Vaccination in Bombay 1913-1923 - 1913-1923
Year: 1913
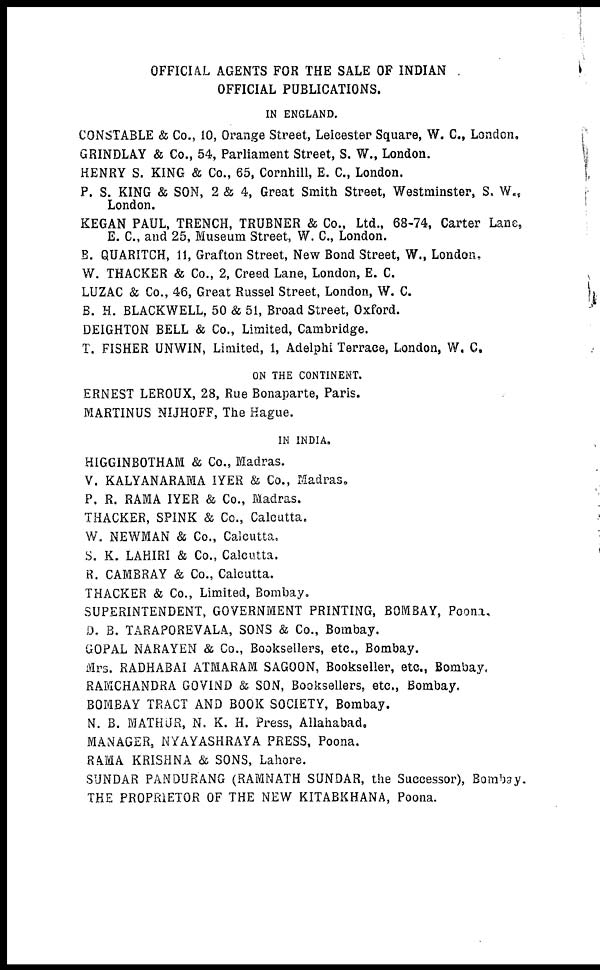
OFFICIAL AGENTS FOR THE SALE OF INDIAN
OFFICIAL PUBLICATIONS.
IN ENGLAND.
CONSTABLE & Co., 10, Orange Street, Leicester Square, W. C., London.
GRINDLAY & Co., 54, Parliament Street, S. W., London.
HENRY S. KING & Co., 65, Cornhill, E. C., London.
P. S. KING & SON, 2 & 4, Great Smith Street, Westminster, S. W.,
London.
KEGAN PAUL, TRENCH, TRUBNER & Co., Ltd., 68-74, Carter Lane,
E. C., and 25, Museum Street, W. C., London.
B. QUARITCH, 11, Grafton Street, New Bond Street, W., London,
W. THACKER & Co., 2, Creed Lane, London, E. C.
LUZAC & Co., 46, Great Russel Street, London, W. C.
B. H. BLACKWELL, 50 & 51, Broad Street, Oxford.
DEIGHTON BELL & Co., Limited, Cambridge.
T. FISHER UNWIN, Limited, 1, Adelphi Terrace, London, W. C.
ON THE CONTINENT.
ERNEST LEROUX, 28, Rue Bonaparte, Paris.
MARTINUS NIJHOFF, The Hague.
IN INDIA.
HIGGINBOTHAM & Co., Madras.
V. KALYANARAMA IYER & Co., Madras.
P. R. RAMA IYER & Co., Madras.
THACKER, SPINK & Co., Calcutta.
W. NEWMAN & Co., Calcutta.
S. K. LAHIRI & Co., Calcutta.
R. CAMBRAY & Co., Calcutta.
THACKER & Co., Limited, Bombay.
SUPERINTENDENT, GOVERNMENT PRINTING, BOMBAY, Poona.
D. B. TARAPOREVALA, SONS & Co., Bombay.
GOPAL NARAYEN & Co., Booksellers, etc., Bombay.
Mrs. RADHABAI ATMARAM SAGOON, Bookseller, etc., Bombay.
RAMCHANDRA GOVIND & SON, Booksellers, etc., Bombay.
BOMBAY TRACT AND BOOK SOCIETY, Bombay.
N. B. MATHUR, N. K. H. Press, Allahabad.
MANAGER, NYAYASHRAYA PRESS, Poona.
RAMA KRISHNA & SONS, Lahore.
SUNDAR PANDURANG (RAMNATH SUNDAR, the Successor), Bombay.
THE PROPRIETOR OF THE NEW KITABKHANA, Poona.